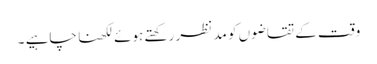
وقت کے تقاضوں کو مد نظر رکھتے ہوئے لکھنا چاہیے ۔